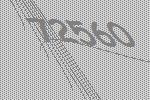
72560